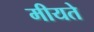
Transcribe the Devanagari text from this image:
मीयते